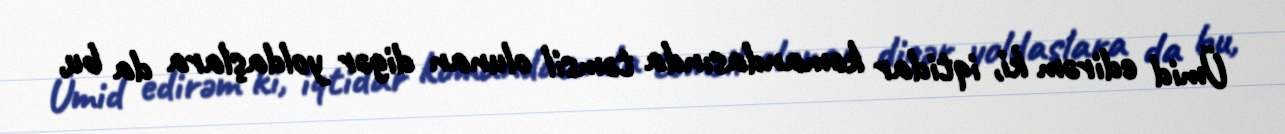
Ümid edirəm ki, iqtidar komandasında təmsil olunan digər yoldaşlara da bu,